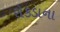
રોકડાના